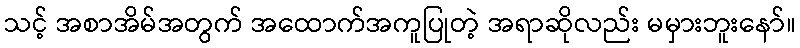
သင့် အစာအိမ်အတွက် အထောက်အကူပြုတဲ့ အရာဆိုလည်း မမှားဘူးနော်။